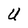
Character: U